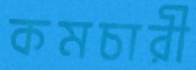
কমচারী